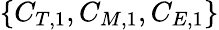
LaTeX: \{ C_{T,1},C_{M,1},C_{E,1}\}